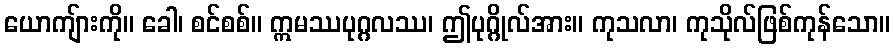
ယောကျ်ားကို။ ခေါ၊ စင်စစ်။ ဣမဿပုဂ္ဂလဿ၊ ဤပုဂ္ဂိုလ်အား။ ကုသလာ၊ ကုသိုလ်ဖြစ်ကုန်သော။